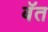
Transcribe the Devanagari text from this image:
बॅत